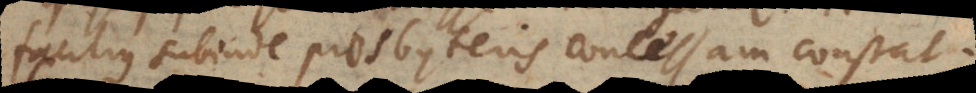
facilius subinde presbyteris concessam constat.